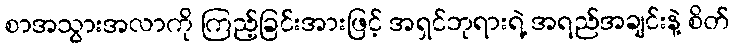
စာအသွားအလာကို ကြည့်ခြင်းအားဖြင့် အရှင်ဘုရားရဲ့ အရည်အချင်းနဲ့ စိတ်